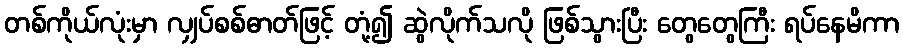
တစ်ကိုယ်လုံးမှာ လျှပ်စစ်ဓာတ်ဖြင့် တုံ့၍ ဆွဲလိုက်သလို ဖြစ်သွားပြီး တွေတွေကြီး ရပ်နေမိကာ